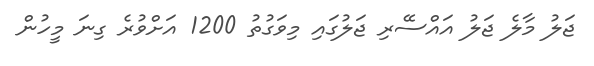
ޖަލު މާލެ ޖަލު އައްސޭރި ޖަލުގައި މިވަގުތު 1200 އަށްވުރެ ގިނަ މީހުން